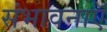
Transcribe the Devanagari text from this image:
संभावनाऍं